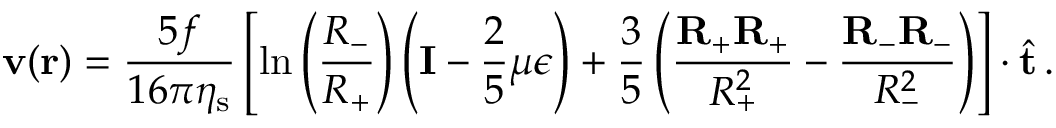
\mathbf { v } ( \mathbf { r } ) = \frac { 5 f } { 1 6 \pi \eta _ { \mathrm { s } } } \left[ \ln \left( \frac { R _ { - } } { R _ { + } } \right) \left( \mathbf { I } - \frac { 2 } { 5 } \mu \boldsymbol { \epsilon } \right) + \frac { 3 } { 5 } \left( \frac { \mathbf { R } _ { + } \mathbf { R } _ { + } } { R _ { + } ^ { 2 } } - \frac { \mathbf { R } _ { - } \mathbf { R } _ { - } } { R _ { - } ^ { 2 } } \right) \right] \cdot \hat { \mathbf { t } } \, .